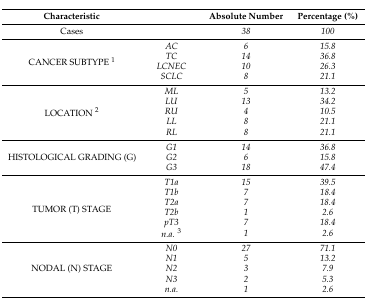
| Characteristic |  | Absolute Number | Percentage (%) |
 | --- | --- | --- | --- |
 | Cases |  | 38 | 100 |
 | <ROWSPAN=4> CANCER SUBTYPE 1 | AC | 6 | 15.8 |
 | TC | 14 | 36.8 |
 | LCNEC | 10 | 26.3 |
 | SCLC | 8 | 21.1 |
 | <ROWSPAN=5> LOCATION 2 | ML | 5 | 13.2 |
 | LU | 13 | 34.2 |
 | RU | 4 | 10.5 |
 | LL | 8 | 21.1 |
 | RL | 8 | 21.1 |
 | <ROWSPAN=3> HISTOLOGICAL GRADING (G) | G1 | 14 | 36.8 |
 | G2 | 6 | 15.8 |
 | G3 | 18 | 47.4 |
 | <ROWSPAN=6> TUMOR (T) STAGE | T1a | 15 | 39.5 |
 | T1b | 7 | 18.4 |
 | T2a | 7 | 18.4 |
 | T2b | 1 | 2.6 |
 | pT3 | 7 | 18.4 |
 | n.a.3 | 1 | 2.6 |
 | <ROWSPAN=5> NODAL (N) STAGE | N0 | 27 | 71.1 |
 | N1 | 5 | 13.2 |
 | N2 | 3 | 7.9 |
 | N3 | 2 | 5.3 |
 | n.a. | 1 | 2.6 |